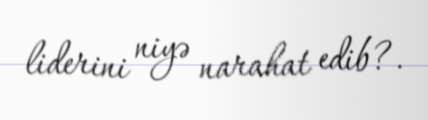
liderini niyə narahat edib?.